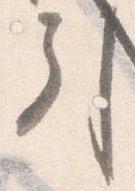
引